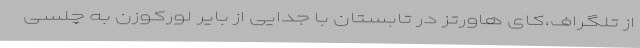
از تلگراف،کای هاورتز در تابستان با جدایی از بایر لورکوزن به چلسی